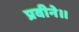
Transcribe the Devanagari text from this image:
प्रवीने।।